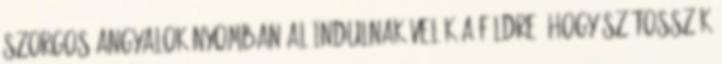
szorgos angyalok nyomban aláindulnak velük a földre, hogy szétosszák